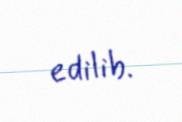
edilib.